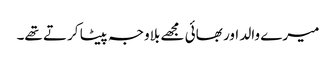
میرے والد اور بھائی مجھے بلاوجہ پیٹا کرتے تھے۔